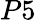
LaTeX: P5